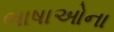
ભાષાઓના